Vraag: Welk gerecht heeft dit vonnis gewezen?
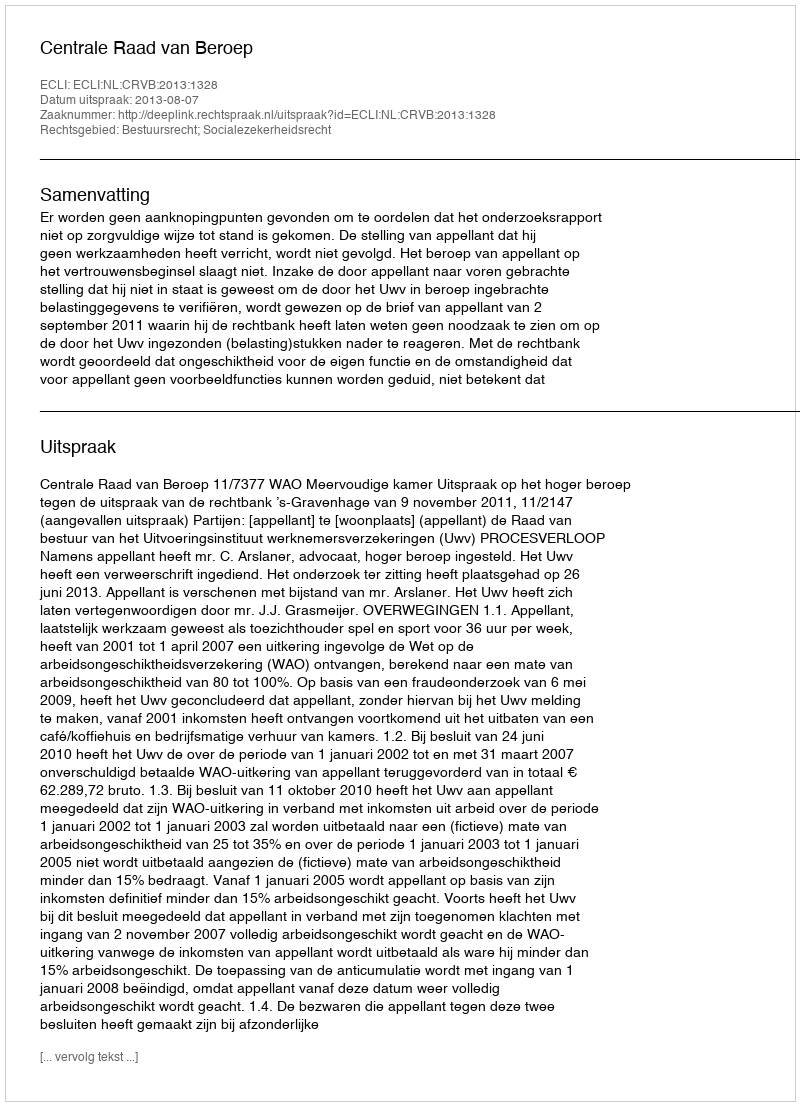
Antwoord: Centrale Raad van Beroep